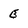
Character: B